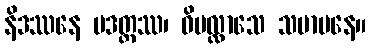
နိဒဿနေ ပဒတ္ထဿ၊ ဝိပလ္လာသေ သမာပနေ။